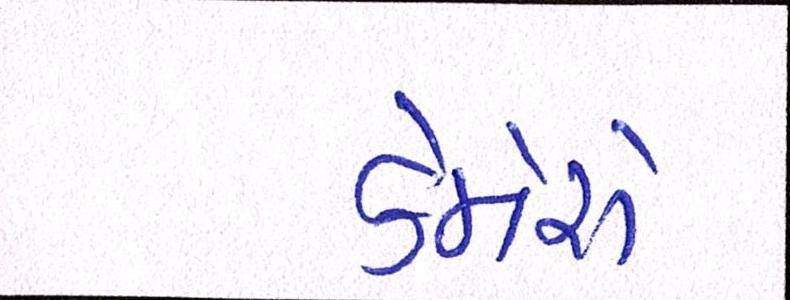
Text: કેમેરો